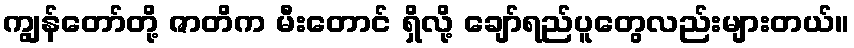
ကျွန်တော်တို့ ဇာတိက မီးတောင် ရှိလို့ ချော်ရည်ပူတွေလည်းများတယ်။